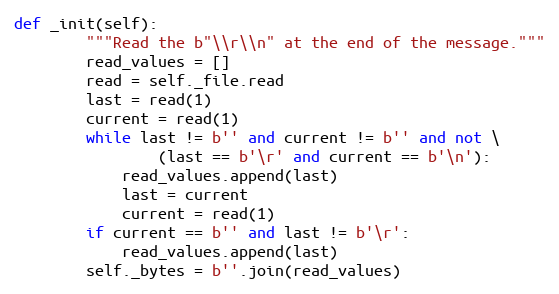
Language: Python
def _init(self):
        """Read the b"\\r\\n" at the end of the message."""
        read_values = []
        read = self._file.read
        last = read(1)
        current = read(1)
        while last != b'' and current != b'' and not \
                (last == b'\r' and current == b'\n'):
            read_values.append(last)
            last = current
            current = read(1)
        if current == b'' and last != b'\r':
            read_values.append(last)
        self._bytes = b''.join(read_values)